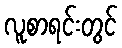
လူစာရင်းတွင်